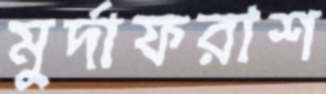
মুর্দাফরাশ